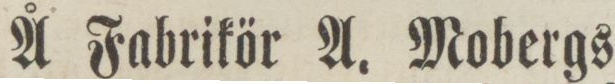
Å Fabrikör A. Mobergs